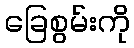
ခြေစွမ်းကို